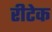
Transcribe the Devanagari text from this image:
रीटेक